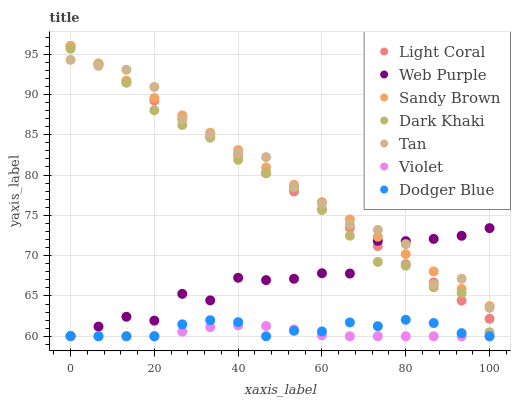
| xaxis_label | Light Coral | Web Purple | Sandy Brown | Dark Khaki | Tan | Violet | Dodger Blue |
 | --- | --- | --- | --- | --- | --- | --- | --- |
 | 0 | 96 | 60 | 96 | 95.7 | 94.3 | 60 | 60 |
 | 6.67 | 93.7 | 61.2 | 93.8 | 93.7 | 93.5 | 60 | 60 |
 | 13.3 | 91.5 | 62.4 | 91.7 | 91.5 | 93.1 | 60 | 60 |
 | 20 | 89.2 | 61.9 | 89.5 | 88 | 90.9 | 60 | 60 |
 | 26.7 | 87 | 65.3 | 87.4 | 86.2 | 86.9 | 60.6 | 61.5 |
 | 33.3 | 84.7 | 64.5 | 85.2 | 84.6 | 85.1 | 61.1 | 62 |
 | 40 | 82.5 | 67.3 | 83.1 | 81.9 | 82.7 | 61.4 | 61.7 |
 | 46.7 | 80.2 | 67 | 80.9 | 80.3 | 82.2 | 61.3 | 60 |
 | 53.3 | 78 | 67.1 | 78.8 | 78.5 | 78.5 | 60.9 | 60.7 |
 | 60 | 75.7 | 67.8 | 76.6 | 75.7 | 76.5 | 60.1 | 60.6 |
 | 66.7 | 73.4 | 67.8 | 74.5 | 72.5 | 73.8 | 60 | 61.7 |
 | 73.3 | 71.2 | 71.8 | 72.3 | 69.2 | 73.2 | 60 | 61.2 |
 | 80 | 68.9 | 71.8 | 70.2 | 68.7 | 71.4 | 60 | 62 |
 | 86.7 | 66.7 | 72.1 | 68 | 66.1 | 66.4 | 60 | 61.6 |
 | 93.3 | 64.4 | 72.5 | 65.9 | 65.4 | 67.1 | 60 | 60.4 |
 | 100 | 62.2 | 73.4 | 63.7 | 60.5 | 63.5 | 60 | 60 |